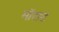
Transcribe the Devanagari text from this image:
मॉराट